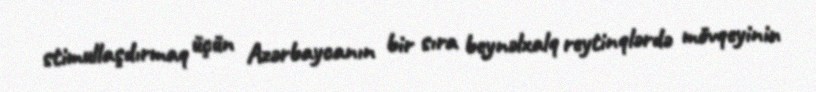
stimullaşdırmaq üçün Azərbaycanın bir sıra beynəlxalq reytinqlərdə mövqeyinin